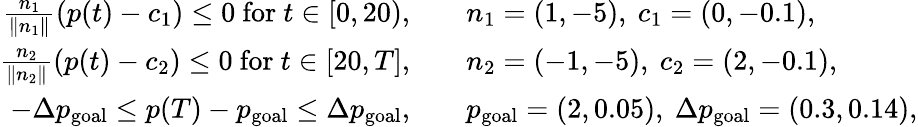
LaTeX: \begin{array}{rl}{\frac{n_{1}}{\| n_{1}\| }(p(t)-c_{1})\leq 0\mathrm{~for~}t\in[0,20),\quad}&{n_{1}=(1,-5),\ c_{1}=(0,-0.1),}\\ {\frac{n_{2}}{\| n_{2}\| }(p(t)-c_{2})\leq 0\mathrm{~for~}t\in[20,T],\quad}&{n_{2}=(-1,-5),\ c_{2}=(2,-0.1),}\\ {-\Delta p_{\textrm{goal}}\leq p(T)-p_{\textrm{goal}}\leq\Delta p_{\textrm{goal}},\quad}&{p_{\textrm{goal}}=(2,0.05),\ \Delta p_{\textrm{goal}}=(0.3,0.14),}\end{array}